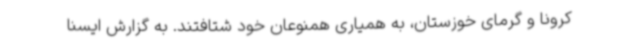
کرونا و گرمای خوزستان، به همیاری همنوعان خود شتافتند. به گزارش ایسنا